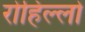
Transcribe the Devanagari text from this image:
रोहिल्लो